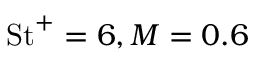
\mathrm { S t } ^ { + } = 6 , M = 0 . 6